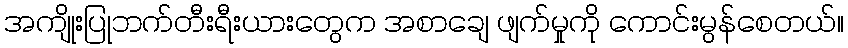
အကျိုးပြုဘက်တီးရီးယားတွေက အစာချေ ဖျက်မှုကို ကောင်းမွန်စေတယ်။